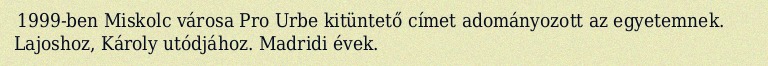
1999-ben Miskolc városa Pro Urbe kitüntető címet adományozott az egyetemnek. Lajoshoz, Károly utódjához. Madridi évek.